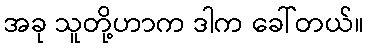
အခု သူတို့ဟာက ဒါက ခေါ်တယ်။